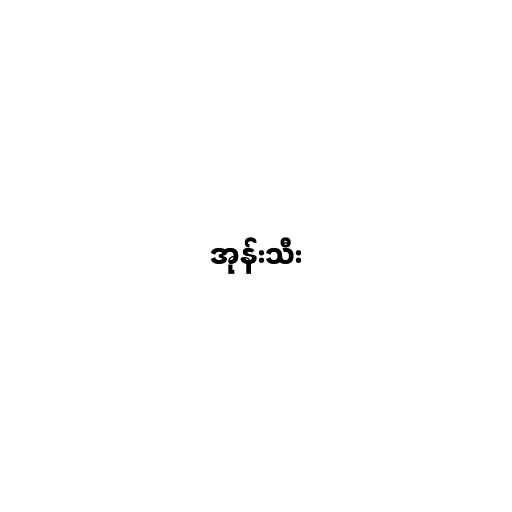
အုန်းသီး